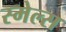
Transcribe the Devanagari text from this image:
स्‍मेल्‍स